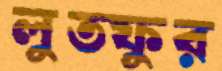
লুত্ফুর